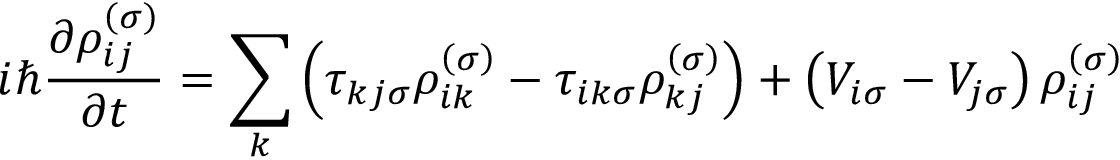
i \hbar \frac { \partial \rho _ { i j } ^ { \left( \sigma \right) } } { \partial t } = \sum _ { k } \left( \tau _ { k j \sigma } \rho _ { i k } ^ { \left( \sigma \right) } - \tau _ { i k \sigma } \rho _ { k j } ^ { \left( \sigma \right) } \right) + \left( V _ { i \sigma } - V _ { j \sigma } \right) \rho _ { i j } ^ { \left( \sigma \right) }